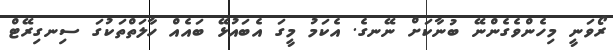
ރޯވަނީ މިހެންވެގެންނޭ ބުނާކަށް ނޭނގެ. އެކަމު މީގަ އެބައުޅޭ ބައެއް ހާލަތްތަކުގަ ސިނގިރޭޓް